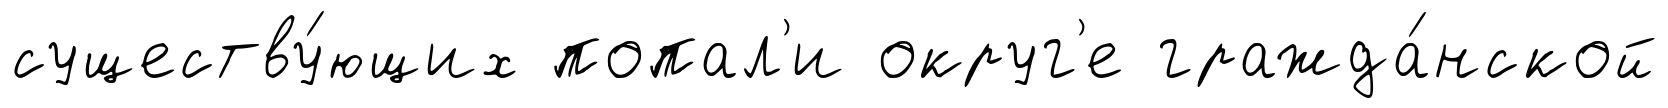
существу́ющих попал'и округ'е гражда́нской